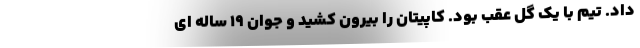
داد. تیم با یک گل عقب بود. کاپیتان را بیرون کشید و جوان 19 ساله ای